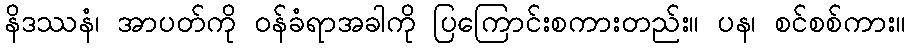
နိဒဿနံ၊ အာပတ်ကို ဝန်ခံရာအခါကို ပြကြောင်းစကားတည်း။ ပန၊ စင်စစ်ကား။